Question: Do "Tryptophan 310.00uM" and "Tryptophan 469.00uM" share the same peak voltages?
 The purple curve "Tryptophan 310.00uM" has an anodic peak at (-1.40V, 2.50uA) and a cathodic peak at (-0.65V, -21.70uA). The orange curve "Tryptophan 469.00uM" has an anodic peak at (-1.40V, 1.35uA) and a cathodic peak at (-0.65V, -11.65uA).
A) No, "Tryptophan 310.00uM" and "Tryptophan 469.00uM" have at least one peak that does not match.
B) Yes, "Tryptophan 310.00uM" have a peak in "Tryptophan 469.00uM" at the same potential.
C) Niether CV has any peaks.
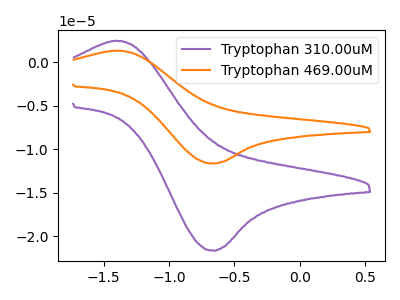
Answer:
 <answer>B) Yes, "Tryptophan 310.00uM" have a peak in "Tryptophan 469.00uM" at the same potential.</answer>
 <eval>B</eval>